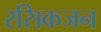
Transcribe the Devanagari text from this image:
रसिकजन